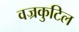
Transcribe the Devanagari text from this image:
वज्रकुटिल